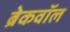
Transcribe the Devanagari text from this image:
ब्रेकवॉल